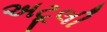
અટૂલી